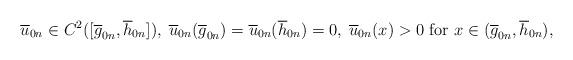
LaTeX: \begin{align*}\overline u_{0n}\in C^2([\overline g_{0n}, \overline h_{0n}]),\; \overline u_{0n}(\overline g_{0n})=\overline u_{0n}(\overline h_{0n})=0,\; \overline u_{0n}(x)>0 \mbox{ for } x\in (\overline g_{0n}, \overline h_{0n}),\end{align*}